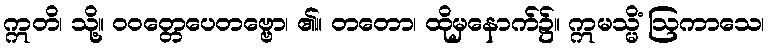
ဣတိ၊ သို့။ ဝဝတ္တေပေတဗ္ဗော၊ ၏။ တတော၊ ထိုမှနောက်၌။ ဣမသ္မိံ ဩကာသေ၊